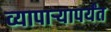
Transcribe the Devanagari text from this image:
व्यापाऱ्यापर्यंत